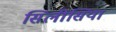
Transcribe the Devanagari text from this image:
सिलीसिया